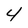
Character: 4